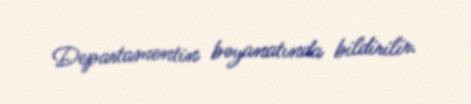
Departamentin bəyanatında bildirilir.